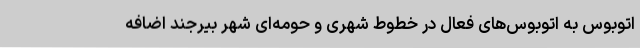
اتوبوس به اتوبوس‌های فعال در خطوط شهری و حومه‌ای شهر بیرجند اضافه